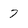
Character: 7